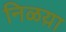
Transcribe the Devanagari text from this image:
निळय़ा